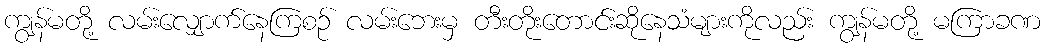
ကျွန်မတို့ လမ်းလျှောက်နေကြစဉ် လမ်းဘေးမှ တီးတိုးတောင်းဆိုနေသံများကိုလည်း ကျွန်မတို့ မကြာခဏ